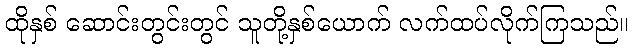
ထိုနှစ် ဆောင်းတွင်းတွင် သူတို့နှစ်ယောက် လက်ထပ်လိုက်ကြသည်။